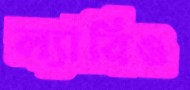
ল্যারিও